Vaccine operations Central Provinces & Berar 1912-1920 - 1912-1920
Year: 1912
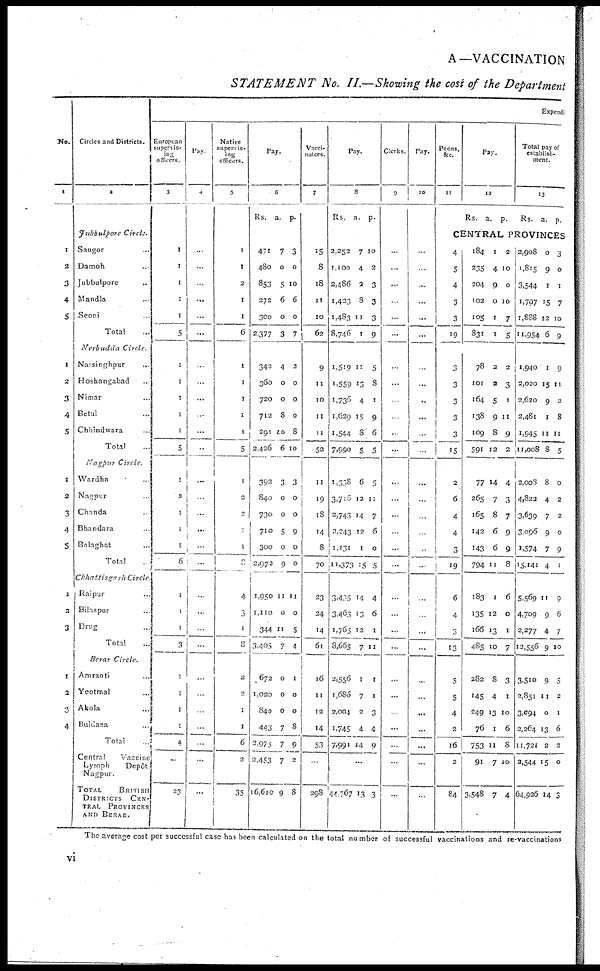
A—VACCINATION
STATEMENT No. II—Showing the cost of the Department
No.
1
1
2
3
4
5
1
2
3
4
5
1
2
3
4
5
1
2
3
1
2
3
4
Circles and Districts.
2
Jubbulpore Circle.
Saugor ...
Damoh ...
Jubbulpore ...
Mandla ...
Seoni ...
Total ...
Nerbudda Circle.
Narsinghpur ...
Hoshangabad ...
Nimar ...
Betul ...
Chhindwara ...
Total ...
Nagpur Circle.
Wardha ...
Nagpur ...
Chanda ...
Bhandara ...
Balaghat ...
Total ...
Chhattisgarh Circle
Raipur ...
Bilaspur ...
Drug ...
Total ...
Berar Circle.
Amraoti ...
Yeotmal ...
Akola ...
Buldana ...
Total ...
Central
Vaccine
Lymph
Depôt
Nagpur.
TOTAL
BRITISH
DISTRICTS CEN¬
TRAL PROVINCES
AND BERAR.
Expendi
European
supervis-
ing
officers.
3
1
1
1
1
1
5
1
1
1
1
1
5
1
3
1
1
1
6
1
1
1
3
1
1
1
1
4
...
23
Pay.
4
...
...
...
...
...
...
...
...
...
...
...
...
...
...
...
...
...
...
...
...
...
...
...
...
...
...
...
...
...
Native
supervis-
ing
officers.
5
1
1
2
1
1
6
1
1
1
1
1
5
1
2
2
2
1
8
4
3
1
8
2
2
1
1
6
2
35
Pay.
6
Rs. a. p.
471
480
853
272
300
2,377
342
360
720
712
291
2,426
392
840
730
710
300
2,972
1,950
1,110
344
3,405
672
1,020
840
443
2,975
2,453
16,610
7
0
5
6
0
3
4
0
0
8
10
6
3
0
0
5
0
9
11
0
11
7
0
0
0
7
7
7
9
3
0
10
6
0
7
2
0
0
0
8
10
3
0
0
9
0
0
11
0
5
4
1
0
0
8
0
2
8
Vacci-
nators.
7
15
8
18
11
10
62
9
11
10
11
11
52
11
19
18
14
8
70
23
24
14
61
l6
11
12
14
53
...
298
Pay.
8
Rs. a. p.
2,252
1,100
2,486
1,433
1,483
8,746
1,519
1,559
1,736
1,629
1,544
7,990
1,538
3,716
2,743
2,243
1,131
11,373
3,435
3,4653
1,765
8,665
2,556
1,686
2,004
1,745
7,991
7
4
2
8
11
1
11
13
4
15
8
5
6
12
14
12
1
15
14
13
12
7
1
7
2
4
14
10
2
3
3
3
9
5
8
1
9
6
5
5
11
7
6
0
5
4
6
1
11
1
1
3
4
9
...
44,767 13 3
Clerks.
9
...
...
...
...
...
...
...
...
...
...
...
...
...
...
...
...
...
...
...
...
...
...
...
...
...
...
...
...
...
Pay.
10
...
...
...
...
...
...
...
...
...
...
...
...
...
...
...
...
...
...
...
...
...
...
...
...
...
...
...
...
...
Peons,
&c.
11
Pay.
12
Rs.
a.
p.
Total pay of
establish-
-ent.
13
Rs. a. p.
CENTRAL PROVINCES
4
5
4
3
3
19
3
3
3
3
3
15
2
6
4
4
3
19
6
4
3
13
5
5
4
2
16
2
84
184
235
204
102
105
831
78
101
164
138
109
591
77
265
165
142
143
794
183
135
166
485
282
145
249
76
753
91
3,548
1
4
9
0
1
1
2
2
5
9
8
12
14
7
8
6
6
11
1
12
13
10
8
4
13
1
11
7
7
2
10
0
10
7
5
2
3
1
11
9
2
4
3
7
9
9
8
6
0
1
7
3
1
10
6
8
10
4
2,908
1,815
3,544
1,797
1,888
11,954
1,940
2,020
2,620
2,481
1,945
11,008
2,008
4,822
3,639
3,096
1,574
15,141
5,569
4,709
2,277
12,556
3,510
2,851
3,094
2,264
11,721
2,544
64,926
0
9
1
15
12
6
1
15
9
1
11
8
8
4
7
9
7
4
11
9
4
9
9
11
0
13
2
15
14
3
0
1
7
10
9
9
11
2
8
11
5
0
2
2
0
9
1
9
6
7
10
5
2
1
6
2
0
3
The average cost per successful case has been calculated on the total number of successful vaccinations and re-vaccinations
vi